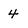
Character: 4